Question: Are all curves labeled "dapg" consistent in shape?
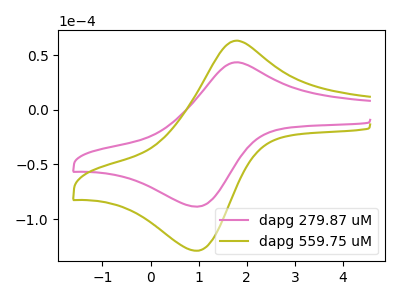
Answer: <think>The pink curve "dapg 279.87 uM" has an anodic peak at (1.80V, 43.45uA) and a cathodic peak at (0.95V, -88.55uA). The olive curve "dapg 559.75 uM" has an anodic peak at (1.80V, 63.20uA) and a cathodic peak at (0.95V, -128.85uA).
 All the peaks in "dapg 279.87 uM" have a peak in "dapg 559.75 uM" at the same potential. Every peak in "dapg 279.87 uM" is lower than every peak in "dapg 559.75 uM".</think>
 <answer>All the CV's of "dapg" have similar shape.</answer>
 <eval>follow_rule</eval>